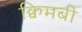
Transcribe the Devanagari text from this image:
क्विमबी